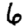
Digit: 6